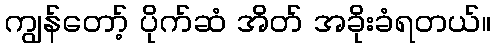
ကျွန်တော့် ပိုက်ဆံ အိတ် အခိုးခံရတယ်။